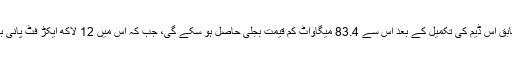
سرکاری بیان کے مطابق اس ڈیم کی تکمیل کے بعد اس سے 83.4 میگاواٹ کم قیمت بجلی حاصل ہو سکے گی، جب کہ اس میں 12 لاکھ ایکڑ فٹ پانی بھی ذخیرہ ہو سکے گا۔